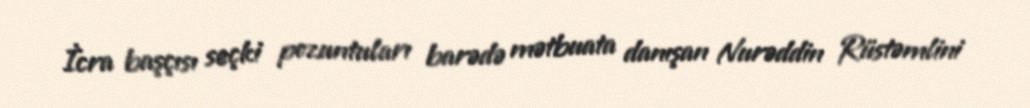
İcra başçısı seçki pozuntuları barədə mətbuata danışan Nurəddin Rüstəmlini